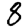
Digit: 8